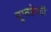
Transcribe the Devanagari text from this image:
गुप्तहेरही